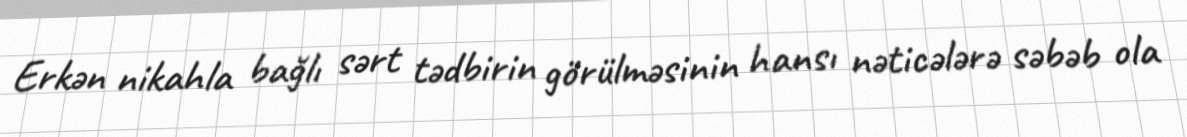
Erkən nikahla bağlı sərt tədbirin görülməsinin hansı nəticələrə səbəb ola